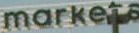
markets